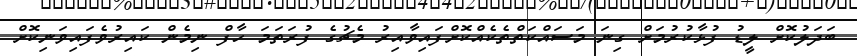
ބަދަލުކޮށް ލީޑު ފުޅާކުރުމަށް ގިނަ މަސައްކަތްތެކެއްކޮށްފައިވާއިރު މެޗުގެ ފުރަތަމަ ހާފް ނިމެން ކައިރުވެފައިވަނިކޮށް